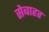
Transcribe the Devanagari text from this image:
सेबाहर